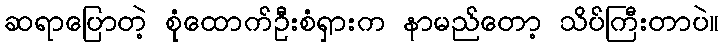
ဆရာပြောတဲ့ စုံထောက်ဦးစံရှားက နာမည်တော့ သိပ်ကြီးတာပဲ။